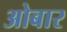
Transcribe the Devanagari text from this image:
ओबार